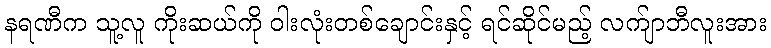
နရဏီက သူ့လူ ကိုးဆယ်ကို ဝါးလုံးတစ်ချောင်းနှင့် ရင်ဆိုင်မည့် လက်ျာဘီလူးအား